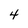
Character: 4